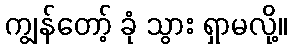
ကျွန်တော့် ခုံ သွား ရှာမလို့။